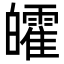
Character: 皬